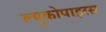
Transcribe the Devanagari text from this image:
ल्यूकोपाइरस